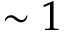
\sim 1